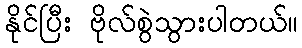
နိုင်ပြီး ဗိုလ်စွဲသွားပါတယ်။